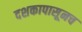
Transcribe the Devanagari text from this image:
दशकापासूनच